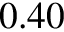
0 . 4 0